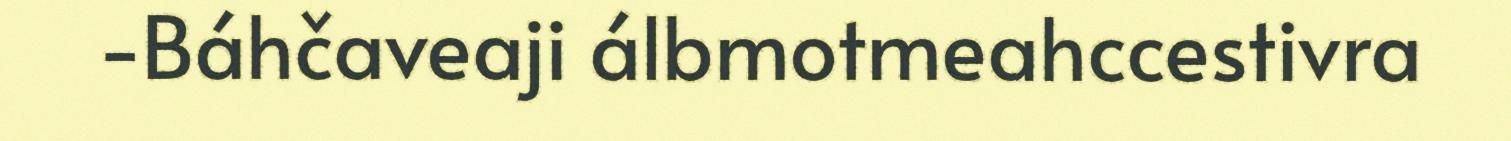
-Báhčaveaji álbmotmeahccestivra